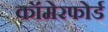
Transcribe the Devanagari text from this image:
कॉमेरफोर्ड